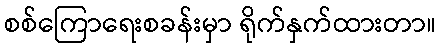
စစ်ကြောရေးစခန်းမှာ ရိုက်နှက်ထားတာ။